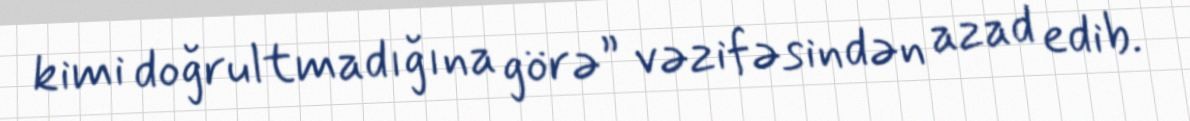
kimi doğrultmadığına görə” vəzifəsindən azad edib.